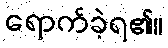
ရောက်ခဲ့ရ၏။